Annual vaccination report of Bihar and Orissa - 1911-1928
Year: 1911
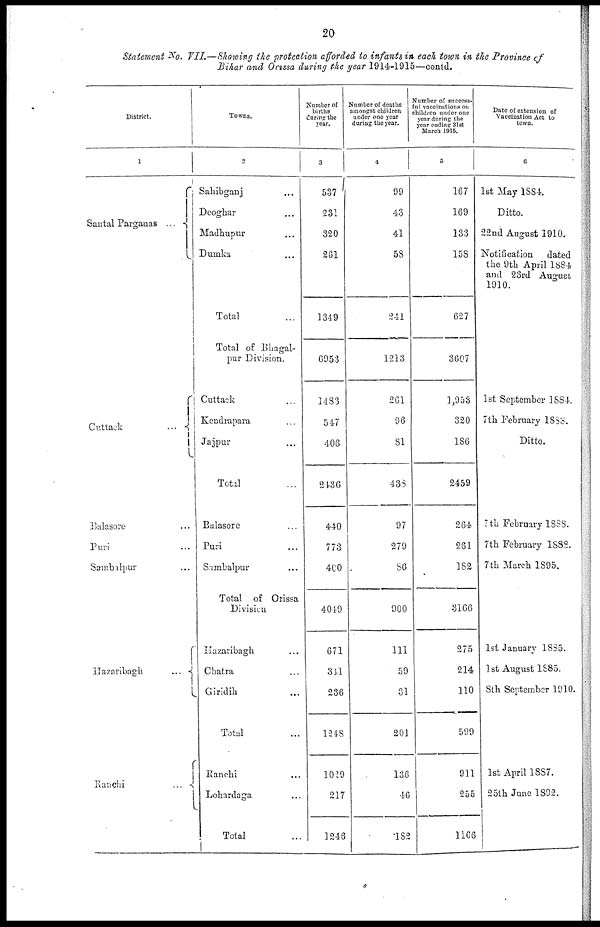
20
Statement No. VII.—Showing the protection afforded to infants in each town in the Province of
Bihar and Orissa during the year 1914-1915—contd.
District.
1
Santal Parganas ...
Cuttack
...
Balasore ...
Puri ...
Sambalpur ...
Hazaribagh
...
Ranchi
...
Towns.
2
Sahibganj ...
Deoghar ...
Madhupur ...
Dumka ...
Total ...
Total of Bhagal¬
pur Division.
Cuttack ...
Kendrapara ...
Jajpur ...
Total ...
Balasore ...
Puri ...
Sambalpur ...
Total of Orissa
Division
Hazaribagh ...
Chatra ...
Giridih ...
Total ...
Ranchi ...
Lohardaga ...
Total ...
Number of
births
during the
year.
3
537
231
320
261
1349
6953
1483
547
406
2436
440
773
400
4049
671
311
236
1248
1029
217
1246
Number of deaths
amongst children
under one year
during the year.
4
99
43
41
58
241
1213
261
96
81
433
97
279
86
900
111
59
31
201
136
46
182
Number of success-
ful vaccinations on
children under one
year during the
year ending 31st
March 1915.
5
167
169
133
158
627
3607
1,953
320
186
2459
264
261
182
3166
275
214
110
599
911
255
1166
Date of extension of
Vaccination Act to
town.
6
1st May 1884.
Ditto.
22nd August 1910.
Notification
dated
the 9th April 1884
and 23rd August
1910.
1st September 1884.
7th February 1888.
Ditto.
7th February 1888.
7th February 1888.
7th March 1895.
1st January 1885.
1st August 1885.
8th September 1910.
1st April 1887.
25th June 1892.